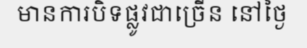
មានការបិទផ្លូវជាច្រើន នៅថ្ងៃ